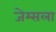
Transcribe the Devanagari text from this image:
जेम्सला